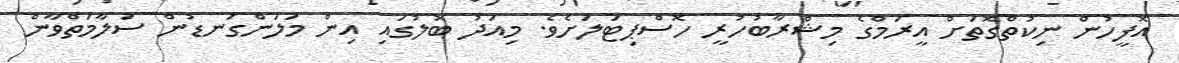
އޮފީހުން ނިކުތްގޮތަށް އީރަމްގެ މިޝްރާބުހުރީ ހޮސްޕިޓަލަށެވެ. މިއަދު ބޮލުގައި އިން މަލަންގަނޑުން ސަލާމަތްވާން